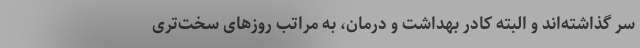
سر گذاشته‌اند و البته کادر بهداشت و درمان، به مراتب روزهای سخت‌تری